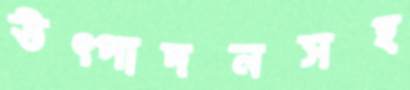
উত্পাদনসহ